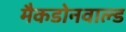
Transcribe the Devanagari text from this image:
मैकडोनवाल्ड